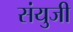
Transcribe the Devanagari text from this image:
संयुजी